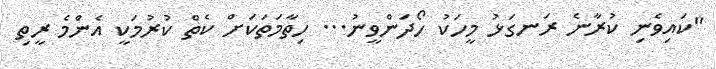
"ކައިވެނި ކުރާނެ ރަނގަޅު މީހަކު ހޯދަންވީނު... ހިތާމަތަކަށް ކެތް ކުރުމަކީ އެންމެ ރީތި